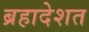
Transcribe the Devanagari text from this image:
ब्रहादेशत